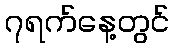
၇ရက်နေ့တွင်